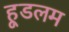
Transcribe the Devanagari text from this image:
हूडलम